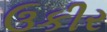
ઉકીર